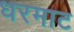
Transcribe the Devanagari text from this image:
धरमाट